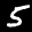
Label: 5